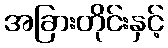
အခြားတိုင်းနှင့်